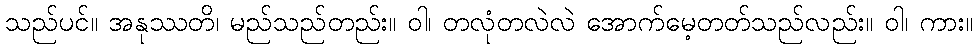
သည်ပင်။ အနုဿတိ၊ မည်သည်တည်း။ ဝါ၊ တလုံတလဲလဲ အောက်မေ့တတ်သည်လည်း။ ဝါ၊ ကား။